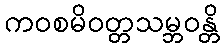
ကဝစမိဝတ္တသမ္ဘဝန္တိ